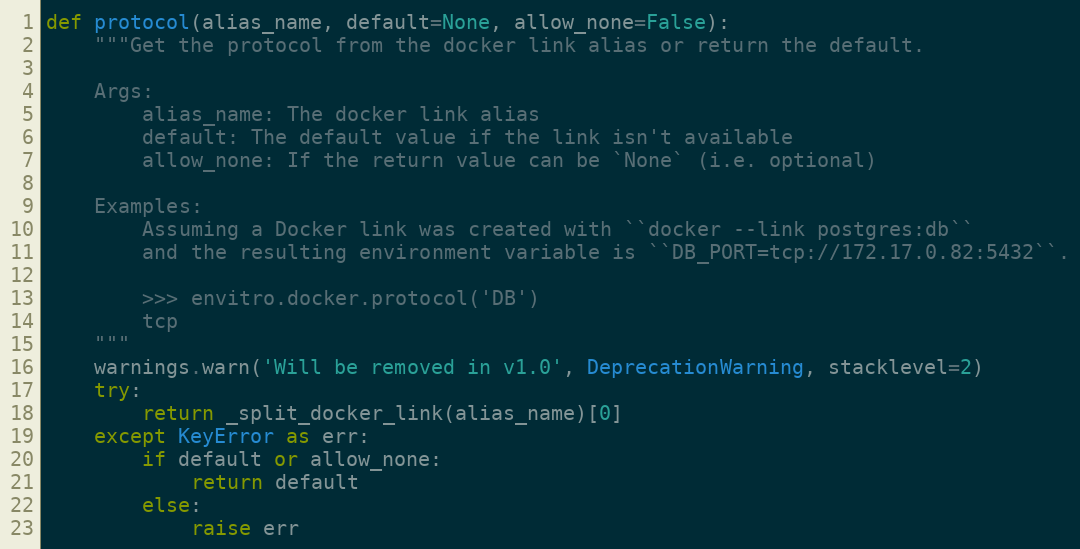
Language: Python
def protocol(alias_name, default=None, allow_none=False):
    """Get the protocol from the docker link alias or return the default.

    Args:
        alias_name: The docker link alias
        default: The default value if the link isn't available
        allow_none: If the return value can be `None` (i.e. optional)

    Examples:
        Assuming a Docker link was created with ``docker --link postgres:db``
        and the resulting environment variable is ``DB_PORT=tcp://172.17.0.82:5432``.

        >>> envitro.docker.protocol('DB')
        tcp
    """
    warnings.warn('Will be removed in v1.0', DeprecationWarning, stacklevel=2)
    try:
        return _split_docker_link(alias_name)[0]
    except KeyError as err:
        if default or allow_none:
            return default
        else:
            raise err